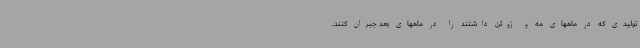
تولیدی که در ماههای مه و ژوئن داشتند را در ماههای بعد جبران کنند.